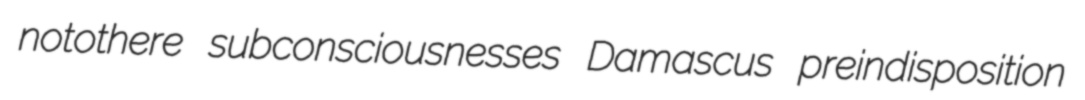
notothere subconsciousnesses Damascus preindisposition